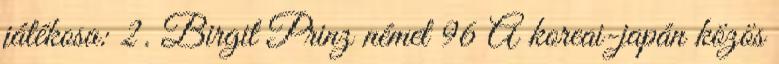
játékosa: 2. Birgit Prinz német 96 A koreai-japán közös